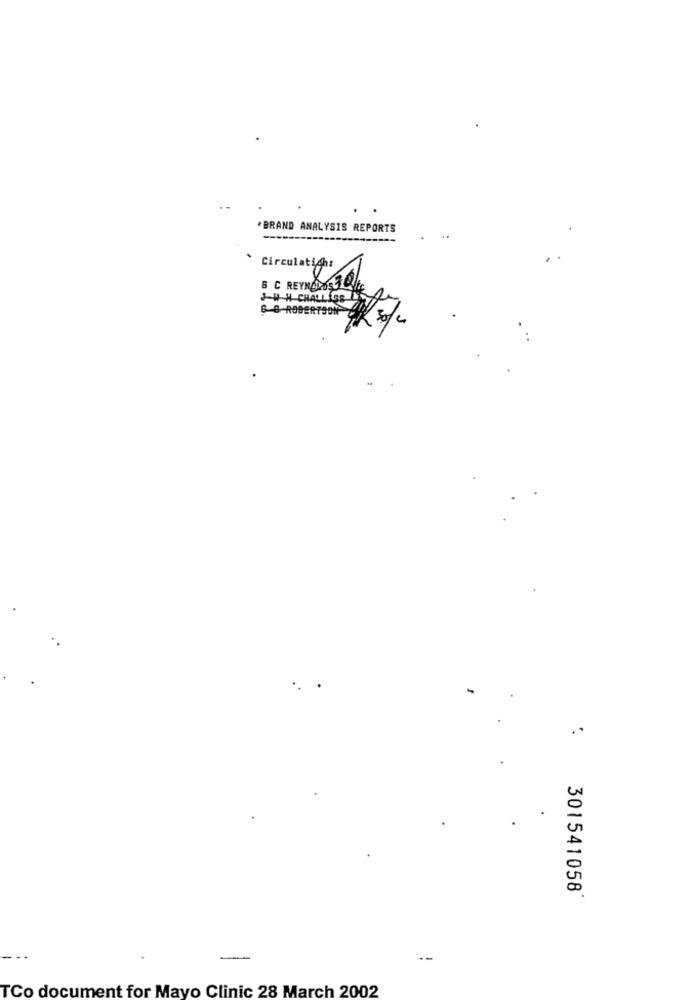
*BRAND ANALYSIS REPORTS
Circulatich:
& C REYNOLDS ILE
JWH-CHATLIGE
B-B-ROBERTSON 30/4
. .
301541058
TCo document for Mayo Clinic 28 March 2002